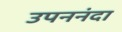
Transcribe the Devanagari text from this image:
उपननंदा